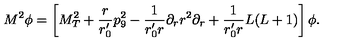
M ^ { 2 } \phi = \left[ M _ { T } ^ { 2 } + \frac { r } { r _ { 0 } ^ { \prime } } p _ { 9 } ^ { 2 } - \frac { 1 } { r _ { 0 } ^ { \prime } r } \partial _ { r } r ^ { 2 } \partial _ { r } + \frac { 1 } { r _ { 0 } ^ { \prime } r } L ( L + 1 ) \right] \phi .